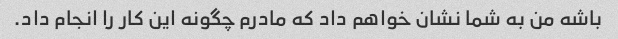
باشه من به شما نشان خواهم داد که مادرم چگونه این کار را انجام داد.